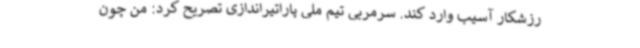
رزشکار آسیب وارد کند. سرمربی تیم ملی پاراتیراندازی تصریح کرد: من چون